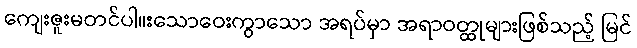
ကျေးဇူးမတင်ပါ။းသောဝေးကွာသော အရပ်မှာ အရာဝတ္ထုများဖြစ်သည့် မြင်